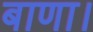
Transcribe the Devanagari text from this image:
बाणा।